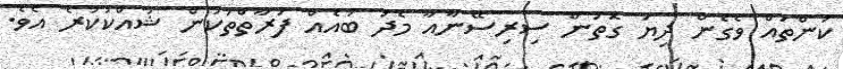
ކަންތައް ވެގެން ދިޔަ ގޮތުން ސިރިސޭނާއާ މެދު ބައެއް ފަރާތްތަކުން ޝައްކުކުރެ އެވެ.